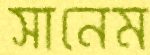
সানেম